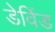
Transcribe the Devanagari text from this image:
डेविंड